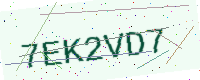
Text: 7EK2VD7